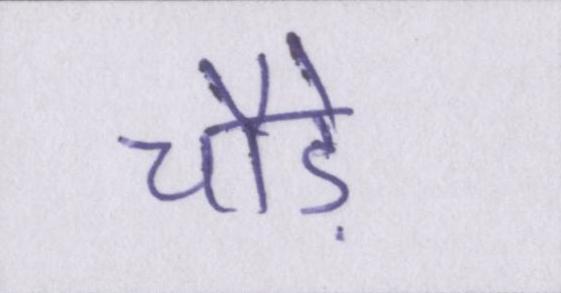
चौड़े